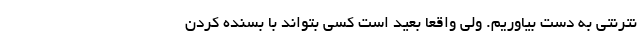
نترنتی به دست بیاوریم. ولی واقعا بعید است کسی بتواند با بسنده کردن